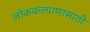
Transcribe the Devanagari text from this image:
लोककल्याणासाठी